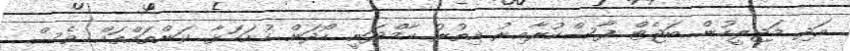
އަދި މަޖިލީހުން ބަޖެޓް ފާސްކުރާއިރު އިތުރު އާމްދަނީ ހޯދަން ހުށަހަޅާ ކަންތައްތައް ވެސް